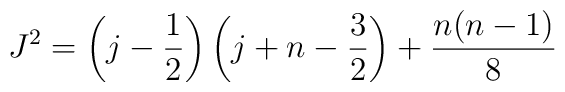
J^2=\left(j-\frac{1}{2}\right)\left(j+n-\frac{3}{2}\right)+\frac{n(n-1)}{8}